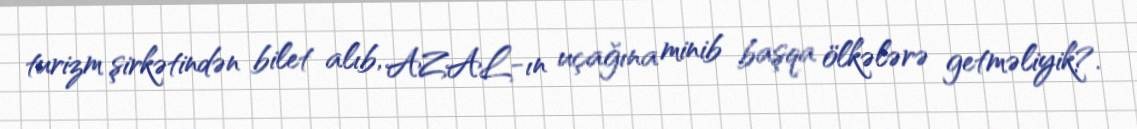
turizm şirkətindən bilet alıb, AZAL-ın uçağına minib başqa ölkələrə getməliyik?.